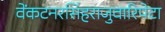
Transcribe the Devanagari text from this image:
वेंकटनरसिंहराजुवारिपेटा